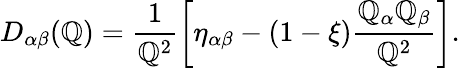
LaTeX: D_{\alpha\beta}(\mathbb{Q})=\frac{{1}}{{\mathbb{Q}^{2}}}\left[\eta_{\alpha\beta}-(1-\xi)\frac{{\mathbb{Q}_{\alpha}\mathbb{Q}_{\beta}}}{{\mathbb{Q}^{2}}}\right].